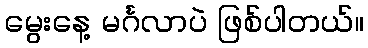
မွေးနေ့ မင်္ဂလာပဲ ဖြစ်ပါတယ်။